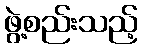
ဖွဲ့စည်းသည့်